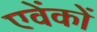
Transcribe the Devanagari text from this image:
एवेंकों